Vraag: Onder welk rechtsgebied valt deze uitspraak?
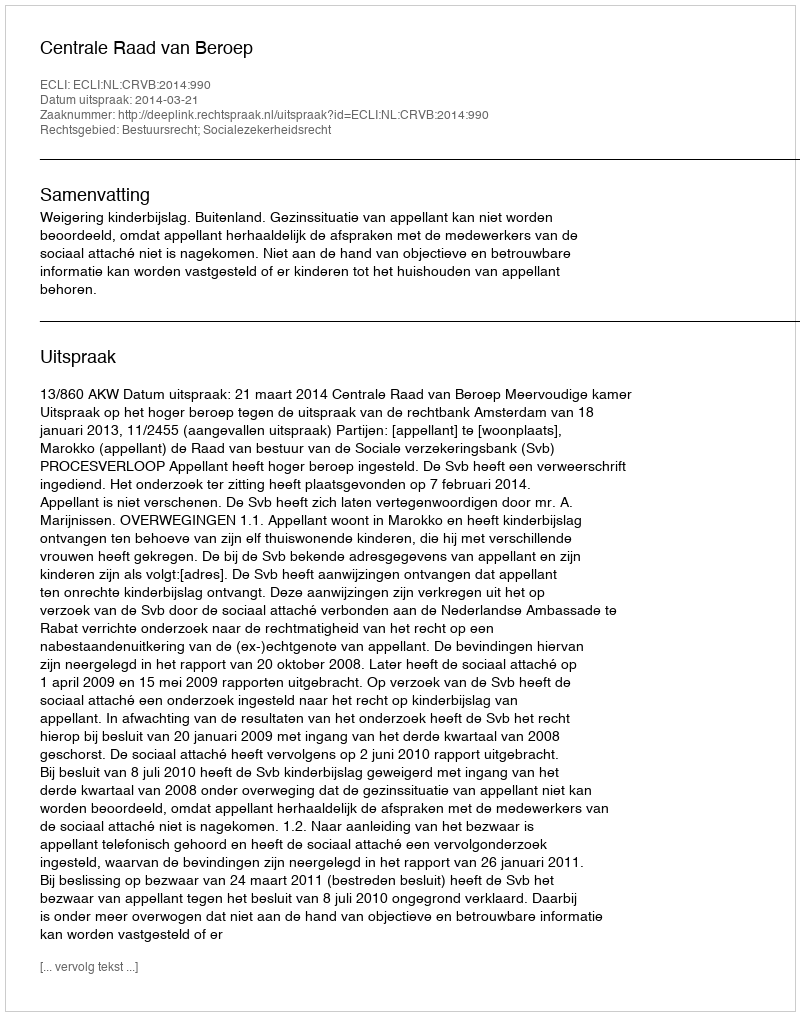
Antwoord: Bestuursrecht; Socialezekerheidsrecht